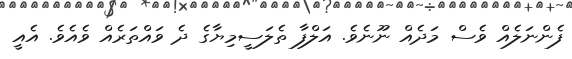
ފެންނަލެއް ވެސް މަދެއް ނޫނެވެ. އަލްފާ ތެލަސީމިޔާގެ ދެ ވައްތަރެއް ވެއެވެ. އެއީ